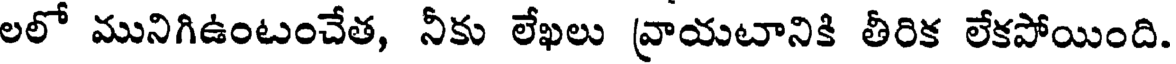
లలో మునిగిఉంటంచేత, నీకు లేఖలు వ్రాయటానికి తీరిక లేకపోయింది.